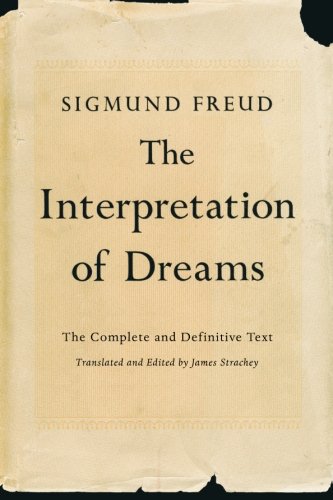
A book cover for The Interpretation of Dreams: The Complete and Definitive Text; Sigmund Freud; Self-Help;